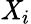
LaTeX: \mathit{X}_{i}